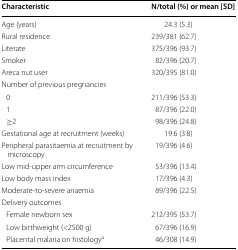
<table><thead><tr><td><b>Characteristic</b></td><td><b>N/total (%) or mean [SD]</b></td></tr></thead><tbody><tr><td>Age (years)</td><td>24.3 (5.3)</td></tr><tr><td>Rural residence</td><td>239/381 (62.7)</td></tr><tr><td>Literate</td><td>375/396 (93.7)</td></tr><tr><td>Smoker</td><td>82/396 (20.7)</td></tr><tr><td>Areca nut user</td><td>320/395 (81.0)</td></tr><tr><td colspan="2">Number of previous pregnancies</td></tr><tr><td> 0</td><td>211/396 (53.3)</td></tr><tr><td> 1</td><td>87/396 (22.0)</td></tr><tr><td> ≥2</td><td>98/396 (24.8)</td></tr><tr><td>Gestational age at recruitment (weeks)</td><td>19.6 (3.8)</td></tr><tr><td>Peripheral parasitaemia at recruitment by microscopy</td><td>19/396 (4.6)</td></tr><tr><td>Low mid-upper arm circumference</td><td>53/396 (13.4)</td></tr><tr><td>Low body mass index</td><td>17/396 (4.3)</td></tr><tr><td>Moderate-to-severe anaemia</td><td>89/396 (22.5)</td></tr><tr><td colspan="2">Delivery outcomes</td></tr><tr><td> Female newborn sex</td><td>212/395 (53.7)</td></tr><tr><td> Low birthweight (&lt;2500 g)</td><td>67/396 (16.9)</td></tr><tr><td> Placental malaria on histology<sup>a</sup></td><td>46/308 (14.9)</td></tr></tbody></table>